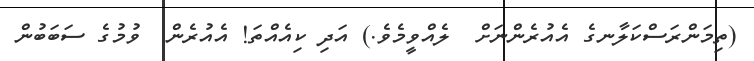
(ތިމަންރަސްކަލާނގެ އެއުރެންނަށް  ލެއްވީމެވެ.) އަދި ކިއެއްތަ! އެއުރެން  ވުމުގެ ސަބަބުން